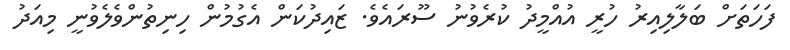
ފަހަތަށް ބަލާލިއިރު ހުރީ އުއްމީދު ކުރެވުނު ސޫރައެވެ. ޒައިދުކަން އެގުމުން ހިނިތުންވެލެވުނީ މިއަދު